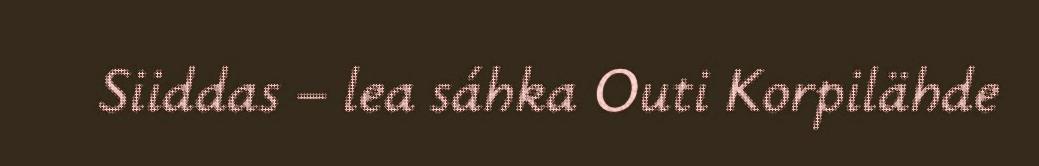
Siiddas – lea sáhka Outi Korpilähde